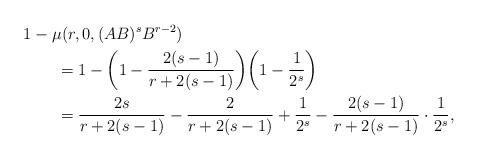
LaTeX: \begin{align*}&1-\mu(r,0,(AB)^s B^{r-2})\\&\qquad{}=1-\bigg(1-\frac{2(s-1)}{r+2(s-1)}\bigg)\bigg(1-\frac{1}{2^s}\bigg)\\&\qquad{}=\frac{2s}{r+2(s-1)}-\frac{2}{r+2(s-1)}+\frac{1}{2^s}-\frac{2(s-1)}{r+2(s-1)}\cdot\frac{1}{2^s},\end{align*}